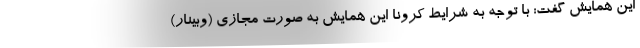
این همایش گفت: با توجه به شرایط کرونا این همایش به صورت مجازی (وبینار)